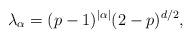
LaTeX: \begin{align*} \lambda_\alpha = (p-1)^{|\alpha|} (2-p)^{d/2}, \end{align*}